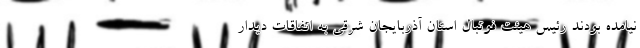
نیامده بودند رئیس هیئت فوتبال استان آذربایجان شرقی به اتفاقات دیدار